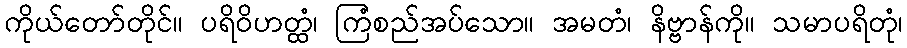
ကိုယ်တော်တိုင်။ ပရိဝိဟတ္ထံ၊ ကြံစည်အပ်သော။ အမတံ၊ နိဗ္ဗာန်ကို။ သမာပရိတုံ၊